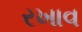
રખાવ